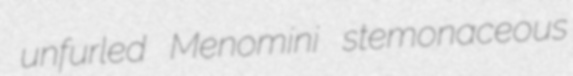
unfurled Menomini stemonaceous